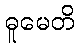
ဓူမေတိ